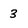
Character: 3